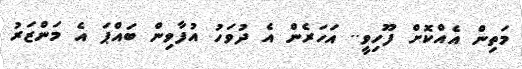
މަތިން އެއްކޮށް ފޫހިވީ.. އަހަރެން އެ ދުވަހު އުފާވިން ބައްޕަ އެ މަންޒަރު